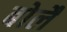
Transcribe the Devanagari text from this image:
बोलैं